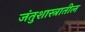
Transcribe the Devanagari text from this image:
जंतुशास्त्रातील